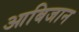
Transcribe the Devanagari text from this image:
आबिजान